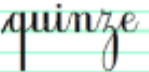
quinze